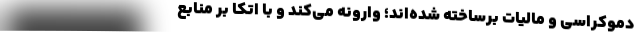
دموکراسی و مالیات برساخته شده‌اند؛ وارونه می‌کند و با اتکا بر منابع